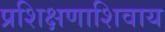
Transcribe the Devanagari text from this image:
प्रशिक्षणाशिवाय